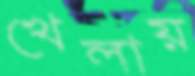
খেলায়